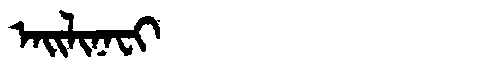
Manchu: ᠠᡳᠯᡳᠨᠠᠸᡳ
Romanization: AILINAFI